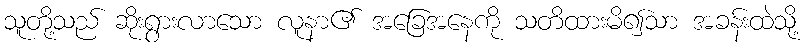
သူတို့သည် ဆိုးရွားလာသော လူနာ၏ အခြေအနေကို သတိထားမိ၍သာ အခန်းထဲသို့